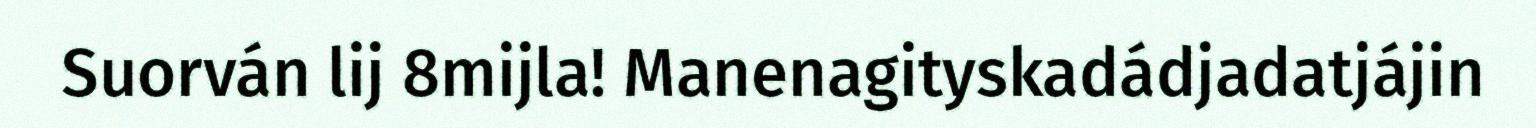
Suorván lij 8mijla! Manenagityskadádjadatjájin